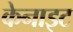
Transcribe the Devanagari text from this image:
केनाइट